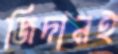
জিদানই